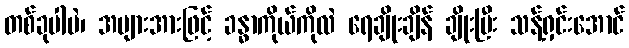
တစ်ခုပါပဲ၊ အများအားဖြင့် ခန္ဓာကိုယ်ကိုလဲ ရေချိုးချိန် ချိုးပြီး သန့်ရှင်းအောင်